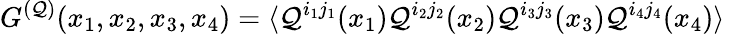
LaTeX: G^{({\cal Q})}(x_{1},x_{2},x_{3},x_{4})=\langle{\cal Q}^{i_{1}j_{1}}(x_{1}){\cal Q}^{i_{2}j_{2}}(x_{2}){\cal Q}^{i_{3}j_{3}}(x_{3}){\cal Q}^{i_{4}j_{4}}(x_{4})\rangle\;